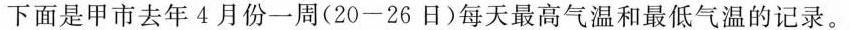
下面是甲市去年4月份一周(20-26日)每天最高气温和最低气温的记录。